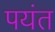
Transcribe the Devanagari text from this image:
पयंत